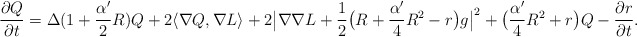
\begin{align*}\frac{\partial Q}{\partial t}=\Delta(1+\frac{\alpha'}{2}R)Q+2\langle\nabla Q,\nabla L\rangle+2\big|\nabla\nabla L+\frac{1}{2}\big(R+\frac{\alpha'}{4}R^2-r\big)g\big|^2+\big(\frac{\alpha'}{4}R^2+r\big)Q-\frac{\partial r}{\partial t}.\end{align*}